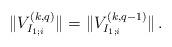
LaTeX: \begin{align*}\|V^{(k,q)}_{I_{1;i}}\|=\|V^{(k,q-1)}_{I_{1;i}}\|\,.\end{align*}